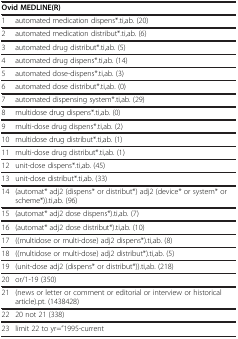
<table><thead><tr><td colspan="2"><b>Ovid MEDLINE(R)</b></td></tr></thead><tbody><tr><td>1</td><td>automated medication dispens*.ti,ab. (20)</td></tr><tr><td>2</td><td>automated medication distribut*.ti,ab. (6)</td></tr><tr><td>3</td><td>automated drug distribut*.ti,ab. (5)</td></tr><tr><td>4</td><td>automated drug dispens*.ti,ab. (14)</td></tr><tr><td>5</td><td>automated dose-dispens*.ti,ab. (3)</td></tr><tr><td>6</td><td>automated dose distribut*.ti,ab. (0)</td></tr><tr><td>7</td><td>automated dispensing system*.ti,ab. (29)</td></tr><tr><td>8</td><td>multidose drug dispens*.ti,ab. (0)</td></tr><tr><td>9</td><td>multi-dose drug dispens*.ti,ab. (2)</td></tr><tr><td>10</td><td>multidose drug distribut*.ti,ab. (1)</td></tr><tr><td>11</td><td>multi-dose drug distribut*.ti,ab. (1)</td></tr><tr><td>12</td><td>unit-dose dispens*.ti,ab. (45)</td></tr><tr><td>13</td><td>unit-dose distribut*.ti,ab. (33)</td></tr><tr><td>14</td><td>(automat* adj2 (dispens* or distribut*) adj2 (device* or system* or scheme*)).ti,ab. (96)</td></tr><tr><td>15</td><td>(automat* adj2 dose dispens*).ti,ab. (7)</td></tr><tr><td>16</td><td>(automat* adj2 dose distribut*).ti,ab. (10)</td></tr><tr><td>17</td><td>((multidose or multi-dose) adj2 dispens*).ti,ab. (8)</td></tr><tr><td>18</td><td>((multidose or multi-dose) adj2 distribut*).ti,ab. (5)</td></tr><tr><td>19</td><td>(unit-dose adj2 (dispens* or distribut*)).ti,ab. (218)</td></tr><tr><td>20</td><td>or/1-19 (350)</td></tr><tr><td>21</td><td>(news or letter or comment or editorial or interview or historical article).pt. (1438428)</td></tr><tr><td>22</td><td>20 not 21 (338)</td></tr><tr><td>23</td><td>limit 22 to yr=”1995-current</td></tr></tbody></table>